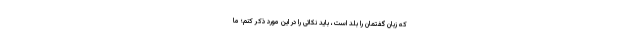
که زبان گفتمان را بلد است، باید نکاتی را در این مورد ذکر کنم؛ ما